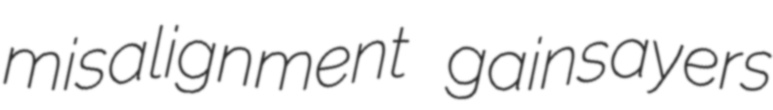
misalignment gainsayers